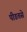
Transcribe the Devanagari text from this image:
पीडतसे